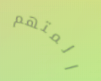
المتهم